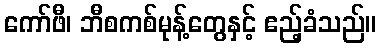
ကော်ဖီ၊ ဘီစကစ်မုန့်တွေနှင့် ဧည့်ခံသည်။